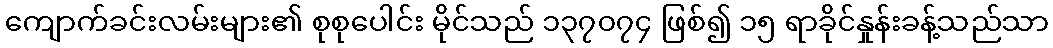
ကျောက်ခင်းလမ်းများ၏ စုစုပေါင်း မိုင်သည် ၁၃၇၀၇၄ ဖြစ်၍ ၁၅ ရာခိုင်နှုန်းခန့်သည်သာ